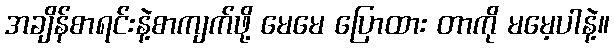
အချိန်စာရင်းနဲ့စာကျက်ဖို့ မေမေ ပြောထား တာကို မမေ့ပါနဲ့။